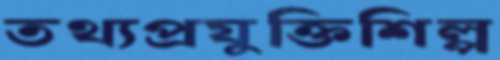
তথ্যপ্রযুক্তিশিল্প